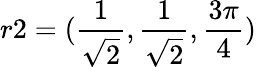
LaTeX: r2=(\frac{1}{\sqrt{2}},\frac{1}{\sqrt{2}},\frac{3\pi}{4})